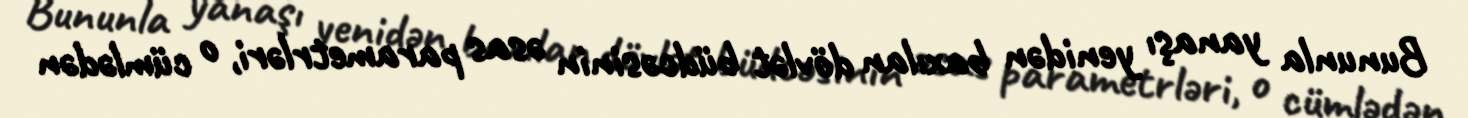
Bununla yanaşı yenidən baxılan dövlət büdcəsinin əsas parametrləri, o cümlədən